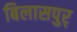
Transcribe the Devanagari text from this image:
बिलासपुर्